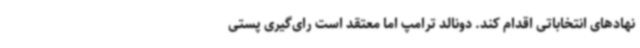
نهادهای انتخاباتی اقدام کند. دونالد ترامپ اما معتقد است رای‌گیری پستی